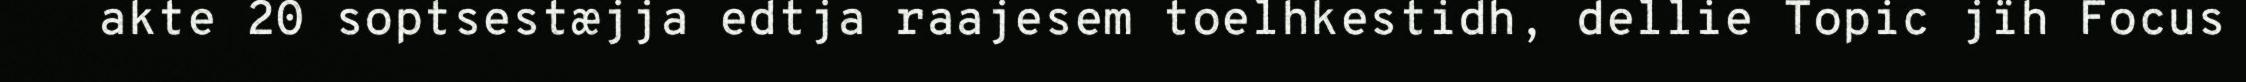
akte 20 soptsestæjja edtja raajesem toelhkestidh, dellie Topic jïh Focus